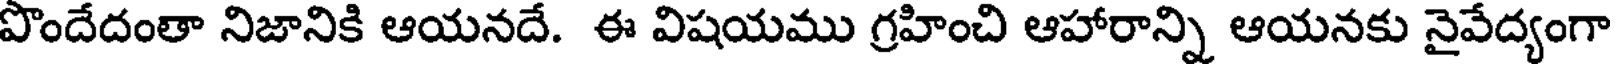
పొందేదంతా నిజానికి ఆయనదే. ఈ విషయము గ్రహించి ఆహారాన్ని ఆయనకు నైవేద్యంగా